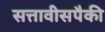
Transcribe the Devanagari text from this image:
सत्तावीसपैकी